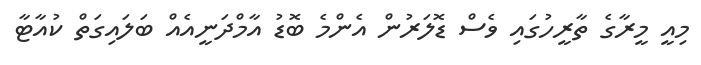
މިއީ މީރާގެ ތާރީހުގައި ވެސް ޑޮލަރުން އެންމެ ބޮޑު އާމްދަނީއެއް ބަލައިގަތް ކުއާޓާ